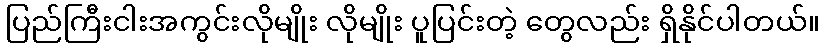
ပြည်ကြီးငါးအကွင်းလိုမျိုး လိုမျိုး ပူပြင်းတဲ့ တွေလည်း ရှိနိုင်ပါတယ်။